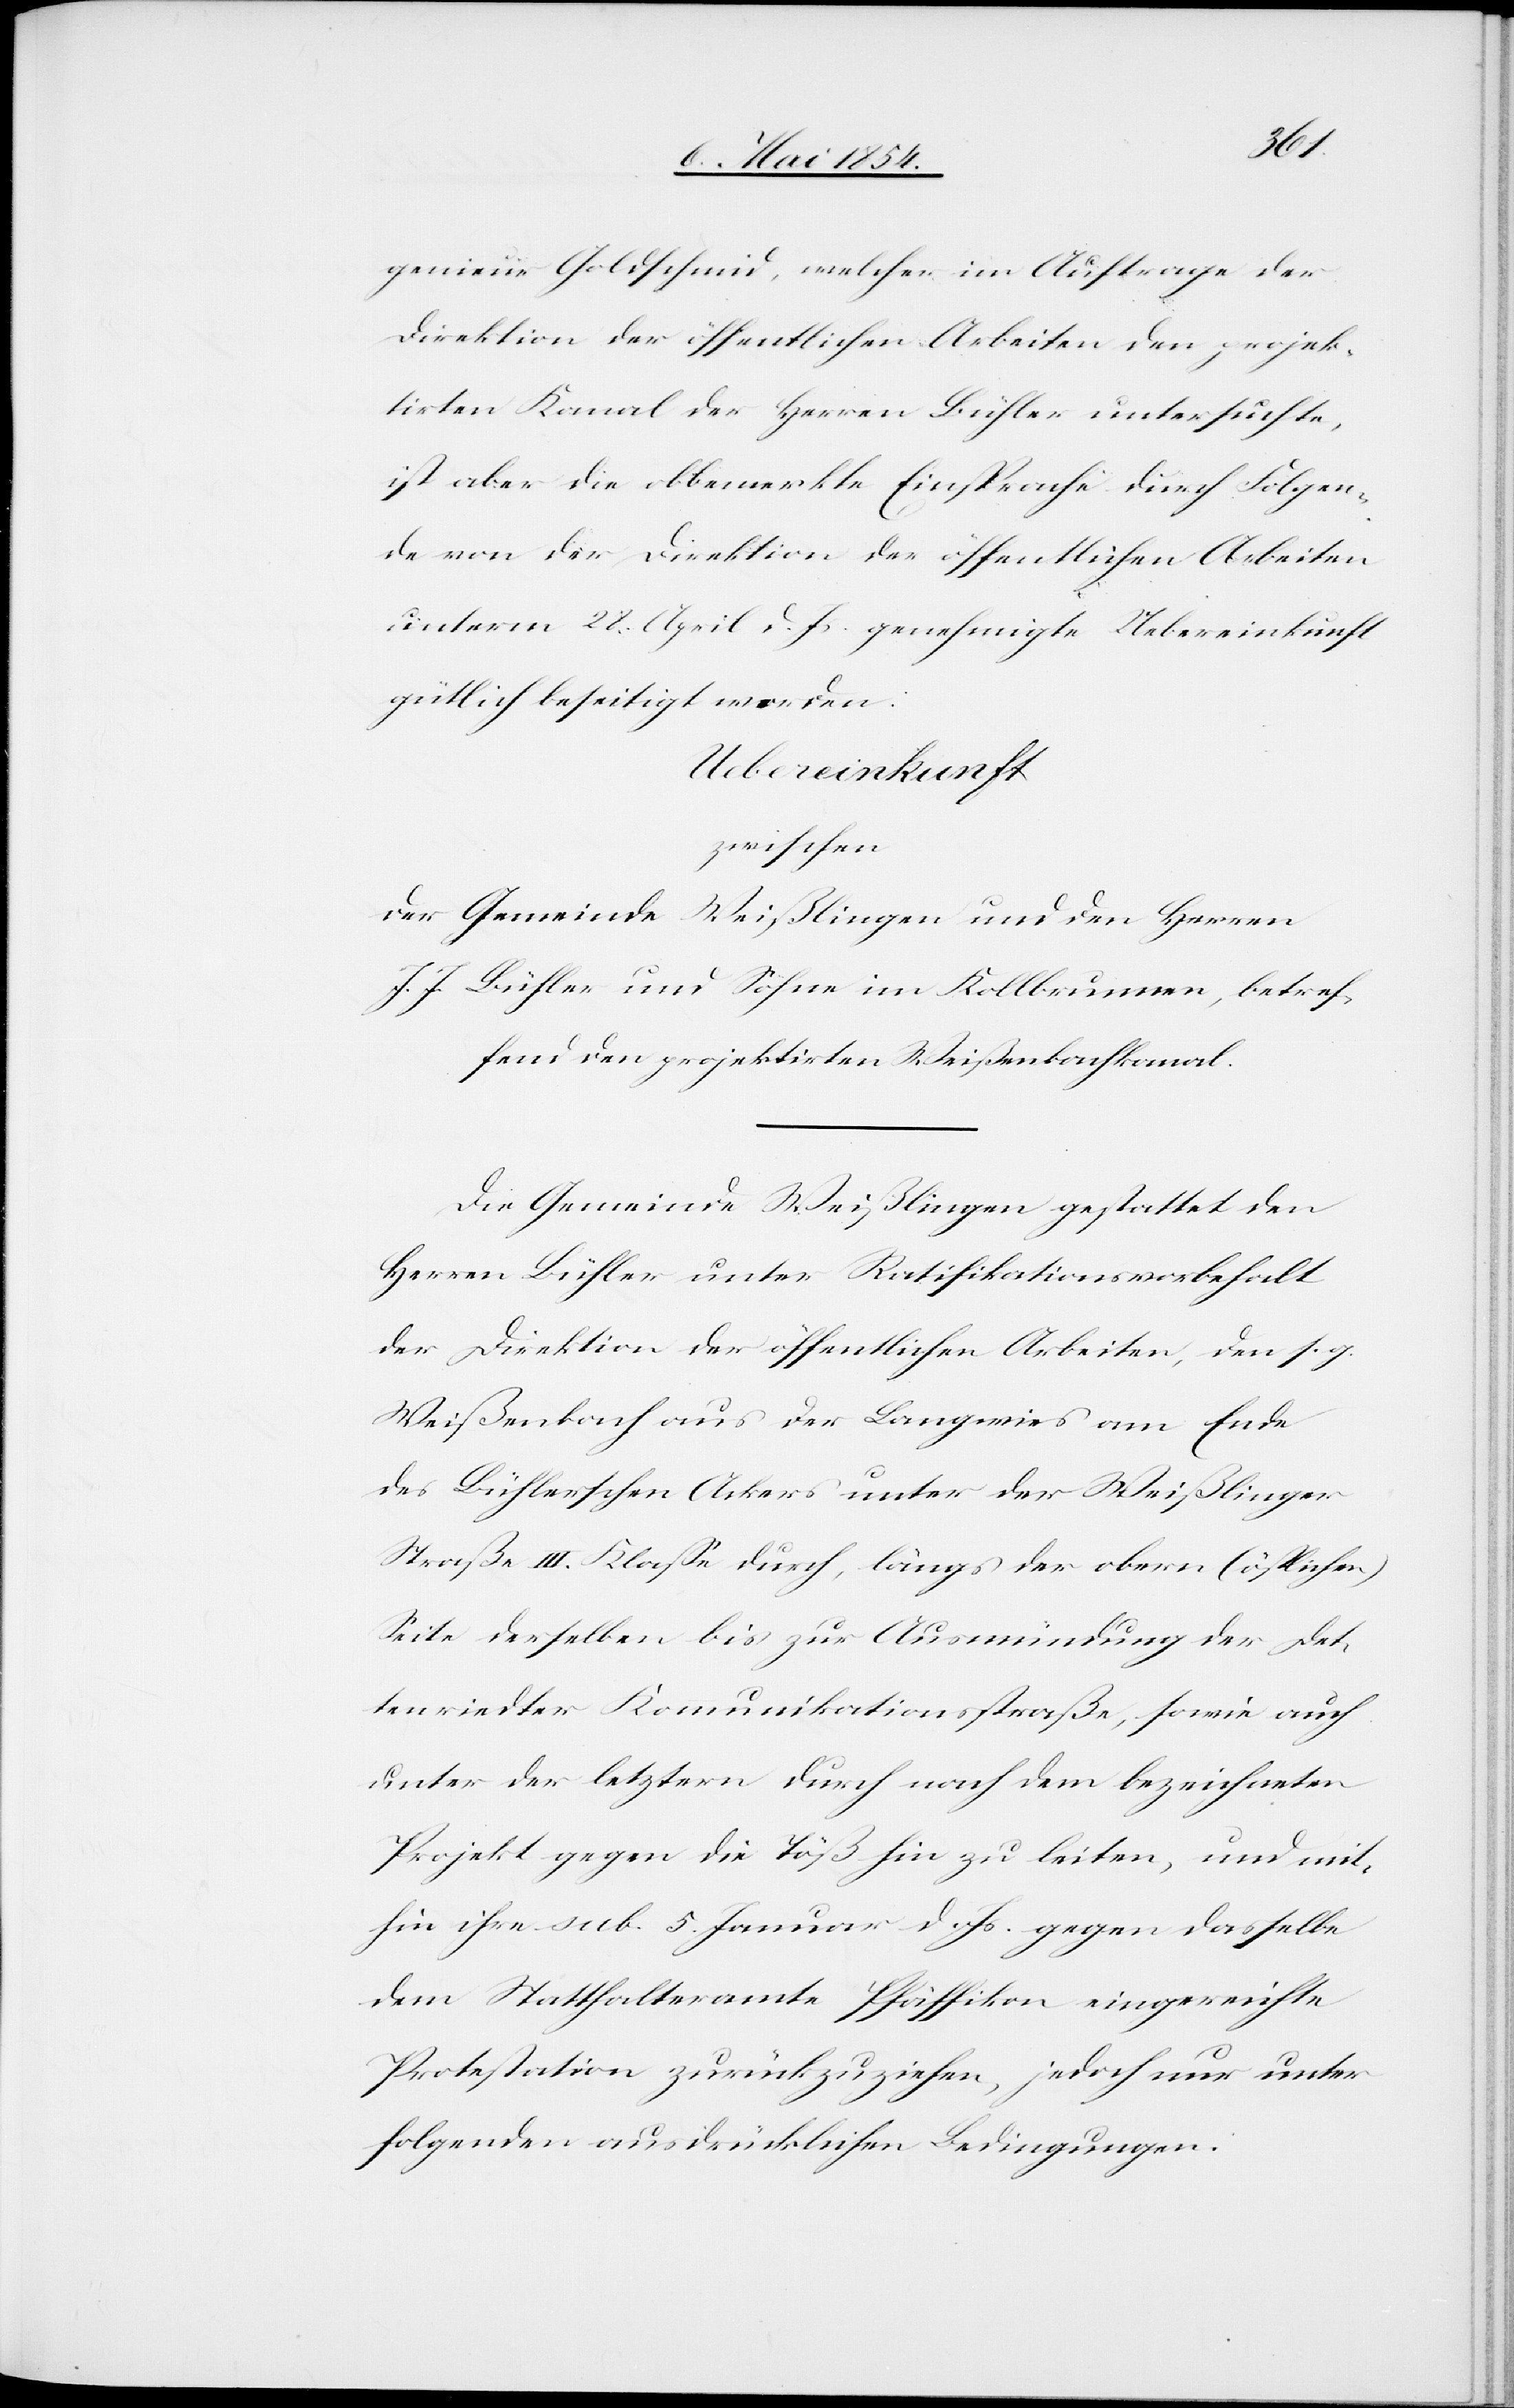
genieur Goldschmid, welcher im Auftrage der
Direktion der öffentlichen Arbeiten den projek¬
tirten Kanal der Herren Bühler untersuchte,
ist aber die obbemerkte Einsprache durch Folgen¬
de von der Direktion der öffentlichen Arbeiten
unterm 28. April d. Js. genehmigte Uebereinkunft
gütlich beseitigt worden:
Uebereinkunft
zwischen
der Gemeinde Weißlingen und den Herren
J. J. Bühler und Söhne im Kollbrunnen, betref¬
fend den projektirten Weißenbachkanal.
Die Gemeinde Weißlingen gestattet den
Herren Bühler unter Ratifikationsvorbehalt
der Direktion der öffentlichen Arbeiten, den s. g.
Weißenbach aus der Langwies am Ende
des Bühlerschen Ackers unter der Weißlinger
Straße III. Klaße durch, längs der obern (östlichen)
Seite derselben bis zur Ausmündung der Det¬
tenriedter Kommunikationsstraße, sowie auch
unter der letztern durch nach dem bezeichneten
Projekt gegen die Töß hin zu leiten, und mit¬
hin ihre sub. 5. Januar d. Js. gegen dasselbe
dem Statthalteramte Pfäffikon eingereichte
Protestation zurückzuziehen, jedoch nur unter
folgenden ausdrücklichen Bedingungen: